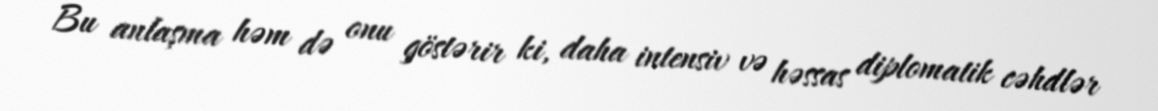
Bu anlaşma həm də onu göstərir ki, daha intensiv və həssas diplomatik cəhdlər